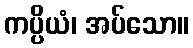
ကပ္ပိယံ၊ အပ်သော။